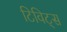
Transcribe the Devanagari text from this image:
टिविट्स